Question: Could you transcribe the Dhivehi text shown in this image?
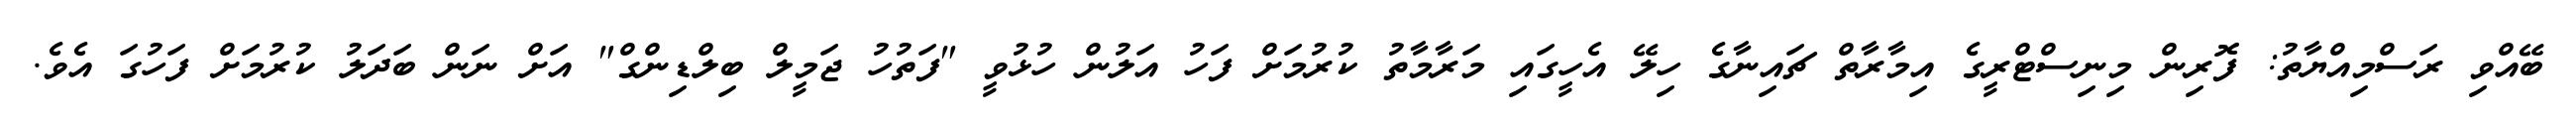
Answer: ބޭއްވި ރަސްމިއްޔާތު: ފޮރިން މިނިސްޓްރީގެ އިމާރާތް ޗައިނާގެ ހިލޭ އެހީގައި މަރާމާތު ކުރުމަށް ފަހު އަލުން ހުޅުވީ "ފަތުހު ޖަމީލް ބިލްޑިންގް" އަށް ނަން ބަދަލު ކުރުމަށް ފަހުގަ އެވެ.